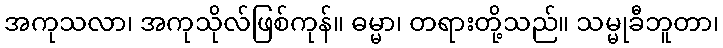
အကုသလာ၊ အကုသိုလ်ဖြစ်ကုန်။ ဓမ္မာ၊ တရားတို့သည်။ သမ္မုခီဘူတာ၊